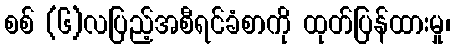
စစ် (၆)လပြည့်အစီရင်ခံစာကို ထုတ်ပြန်ထားမှု၊